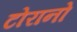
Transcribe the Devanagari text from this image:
टोरानो